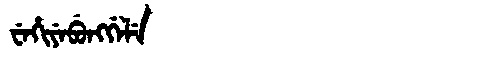
Manchu: ᠸᡝᡥᡳᠶᡝᠪᡠᠩᡤᡝᠯᡝ
Romanization: WEHIYEBUNGGELE